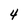
Character: 4